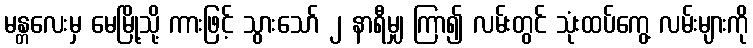
မန္တလေးမှ မေမြို့သို့ ကားဖြင့် သွားသော် ၂ နာရီမျှ ကြာ၍ လမ်းတွင် သုံးထပ်ကွေ့ လမ်းများကို